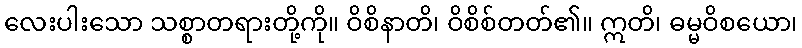
လေးပါးသော သစ္စာတရားတို့ကို။ ဝိစိနာတိ၊ ဝိစိစ်တတ်၏။ ဣတိ၊ ဓမ္မဝိစယော၊